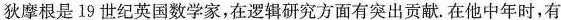
狄摩根是19世纪英国数学家，在逻辑研究方面有突出贡献。在他中年时，有